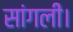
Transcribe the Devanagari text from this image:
सांगली।